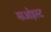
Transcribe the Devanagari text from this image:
माओइस्ट